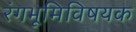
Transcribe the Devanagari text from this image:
रंगभूमिविषयक